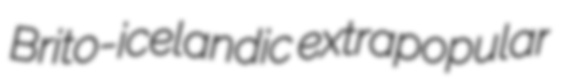
Brito-icelandic extrapopular